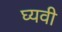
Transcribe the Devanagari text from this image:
घ्यवी